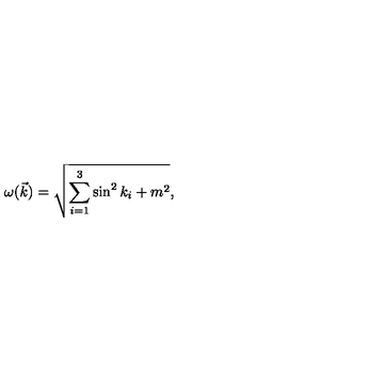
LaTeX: \omega ( \vec { k } ) = \sqrt { \sum _ { i = 1 } ^ { 3 } \sin ^ { 2 } k _ { i } + m ^ { 2 } } ,